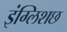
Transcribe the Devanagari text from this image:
इंग्लिशछ